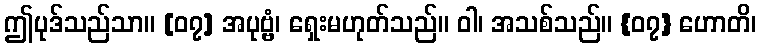
ဤပုဒ်သည်သာ။ [၀၇] အပုဗ္ဗံ၊ ရှေးမဟုတ်သည်။ ဝါ၊ အသစ်သည်။ {၀၇} ဟောတိ၊